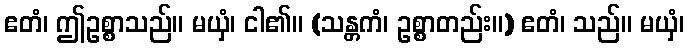
ဧတံ၊ ဤဥစ္စာသည်။ မယှံ၊ ငါ၏။ (သန္တကံ၊ ဥစ္စာတည်း။) ဧတံ၊ သည်။ မယှံ၊